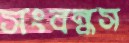
সংবন্ধস